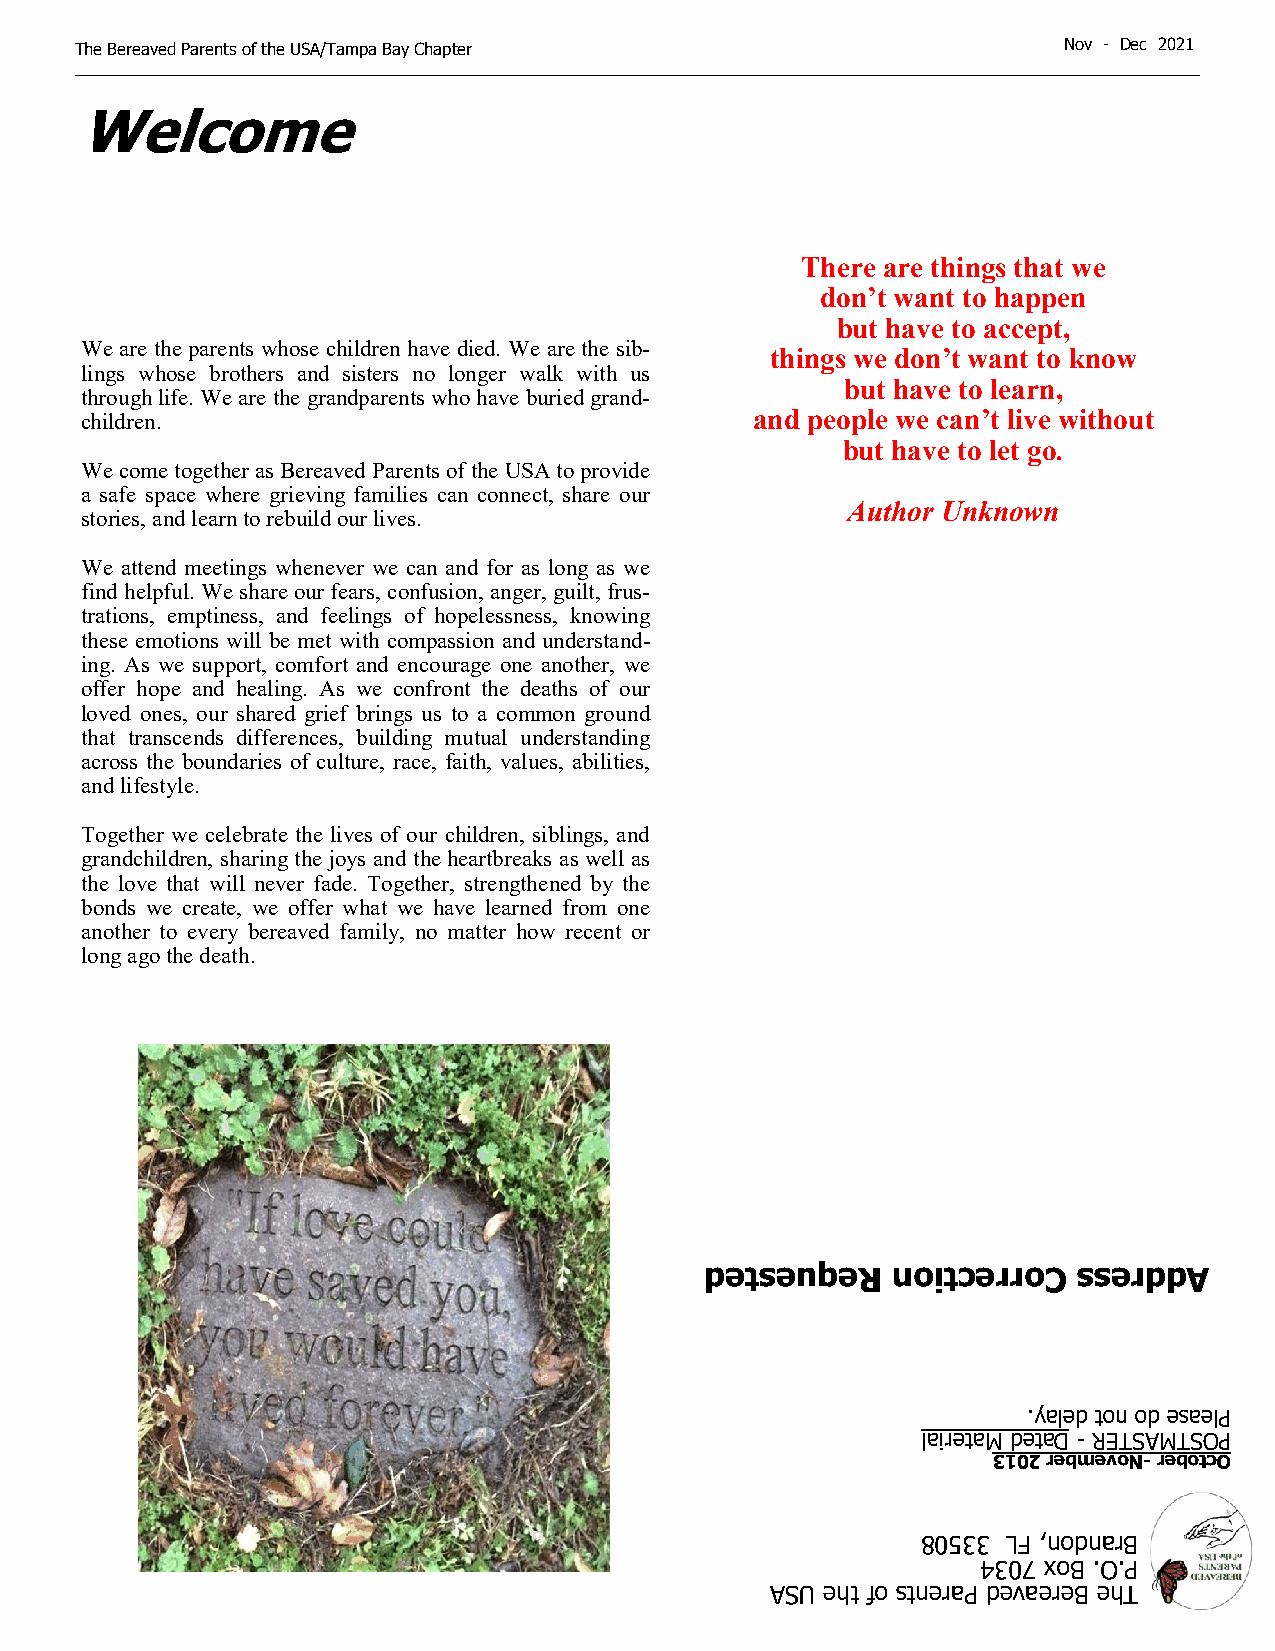
The Bereaved Parents of the USA/Tampa Bay Chapter                N o v - D ec 2021
 Welcome
 There are things that we
 don’t want to happen
 but have to accept,
 We are the parents whose children have died. We are the sib-
 things we don’t want to know
 lings whose brothers and sisters no longer walk with us
 but have to learn,
 through life. We are the grandparents who have buried grand-
 children.                                    and people we can’t live without
 but have to let go.
 We come together as Bereaved Parents of the USA to provide
 a safe space where grieving families can connect, share our
 Author Unknown
 stories, and learn to rebuild our lives.
 We attend meetings whenever we can and for as long as we
 find helpful. We share our fears, confusion, anger, guilt, frus-
 trations, emptiness, and feelings of hopelessness, knowing
 these emotions will be met with compassion and understand-
 ing. As we support, comfort and encourage one another, we
 offer hope and healing. As we confront the deaths of our
 loved ones, our shared grief brings us to a common ground
 that transcends differences, building mutual understanding
 across the boundaries of culture, race, faith, values, abilities,
 and lifestyle.
 Together we celebrate the lives of our children, siblings, and
 grandchildren, sharing the joys and the heartbreaks as well as
 the love that will never fade. Together, strengthened by the
 bonds we create, we offer what we have learned from one
 another to every bereaved family, no matter how recent or
 long ago the death.
 detseuqeR   noitcerroC  sserddA
 .yaled ton od esaelP
 lairetaM detaD - RETSAMTSOP
 3102 rebmevoN- rebotcO
 80533 LF ,nodnarB
 4307 xoB .O.P
 ASU eht fo stneraP devaereB ehT
 14